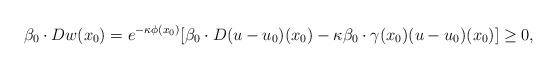
LaTeX: \begin{align*}\beta_0\cdot Dw(x_0) = e^{-\kappa \phi(x_0)}[\beta_0\cdot D(u-u_0)(x_0) - \kappa \beta_0\cdot\gamma(x_0)(u-u_0)(x_0)] \ge 0, \end{align*}